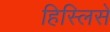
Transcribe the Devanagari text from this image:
हिस्लिसे